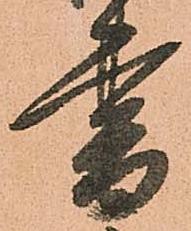
書